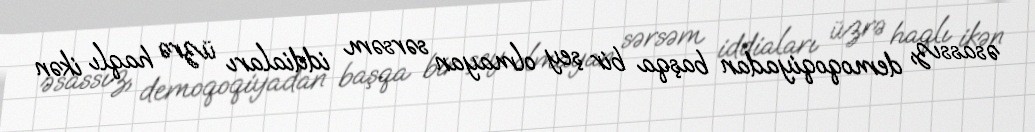
əsassız, demoqoqiyadan başqa bir şey olmayan sərsəm iddiaları üzrə haqlı ikən